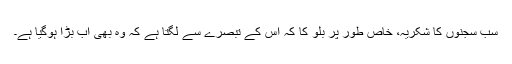
سب سجنوں کا شکریہ، خاص طور پر بلو کا کہ اس کے تبصرے سے لگتا ہے کہ وہ بھی اب بڑا ہوگیا ہے۔